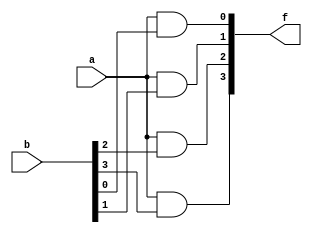
`timescale 1ns/1ps

module And_1x4_4bit(f, a, b);
    input [4-1:0] b;
    input a;
    output [4-1:0] f;

    and a0(f[0], a, b[0]);
    and a1(f[1], a, b[1]);
    and a2(f[2], a, b[2]);
    and a3(f[3], a, b[3]);

endmodule

module Or_4x4_4bit(f, a, b);
    input [4-1:0] a, b;
    output [4-1:0] f;

    or o0(f[0], a[0], b[0]);
    or o1(f[1], a[1], b[1]);
    or o2(f[2], a[2], b[2]);
    or o3(f[3], a[3], b[3]);

endmodule

module Mux_2x1_4bit(in1, in2, sel, y);
    input [4-1:0] in1, in2;
    input sel;
    output [4-1:0] y;

    wire [4-1:0] t0, t1;
    wire seln;

    not tmp0(seln, sel);
    And_1x4_4bit tmp1(t0, seln, in1);
    And_1x4_4bit tmp2(t1, sel, in2);
    Or_4x4_4bit tmp3(y, t0, t1);

endmodule

module Dmux_1x2_4bit(in, sel, y1, y2);
    input [4-1:0] in;
    input sel;
    output [4-1:0] y1, y2;

    wire seln;

    not tmp4(seln, sel);
    And_1x4_4bit tmp5(y1, seln, in);
    And_1x4_4bit tmp6(y2, sel, in);

endmodule

module Crossbar_2x2_4bit(in1, in2, control, out1, out2);
    input [4-1:0] in1, in2;
    input control;
    output [4-1:0] out1, out2;

    wire [4-1:0] mid1, mid2, mid3, mid4;
    wire control_n;

    not b0(control_n, control);
    Dmux_1x2_4bit turn1(in1, control, mid1, mid2);
    Dmux_1x2_4bit turn2(in2, control_n, mid3, mid4);
    Mux_2x1_4bit turn3(mid1, mid3, control, out1);
    Mux_2x1_4bit turn4(mid2, mid4, control_n, out2);

endmodule

module Crossbar_4x4_4bit(in1, in2, in3, in4, out1, out2, out3, out4, control);
    input [4-1:0] in1, in2, in3, in4;
    input [5-1:0] control;
    output [4-1:0] out1, out2, out3, out4;

    wire [4-1:0] mid1, mid2, mid3, mid4, mid5, mid6;

    Crossbar_2x2_4bit m1(in1, in2, control[0], mid1, mid2);
    Crossbar_2x2_4bit m2(in3, in4, control[3], mid3, mid4);
    Crossbar_2x2_4bit m3(mid2, mid3, control[2], mid5, mid6);
    Crossbar_2x2_4bit m4(mid1, mid5, control[1], out1, out2);
    Crossbar_2x2_4bit m5(mid6, mid4, control[4], out3, out4);

endmodule